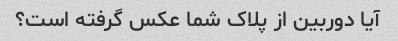
آیا دوربین از پلاک شما عکس گرفته است؟